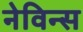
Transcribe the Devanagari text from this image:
नेविन्स